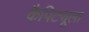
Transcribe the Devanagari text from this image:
कैपिट्यूला